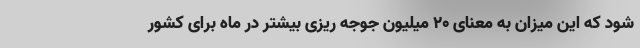
شود که این میزان به معنای ۲۰ میلیون جوجه ریزی بیشتر در ماه برای کشور